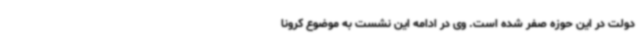
دولت در این حوزه صفر شده است. وی در ادامه این نشست به موضوع کرونا